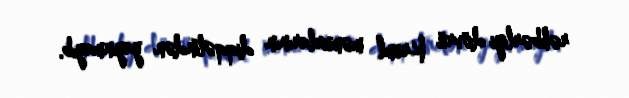
rəhbərliyi dövrü Kreml məmurlarının diqqətindən yayınmayıb.